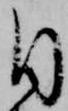
目